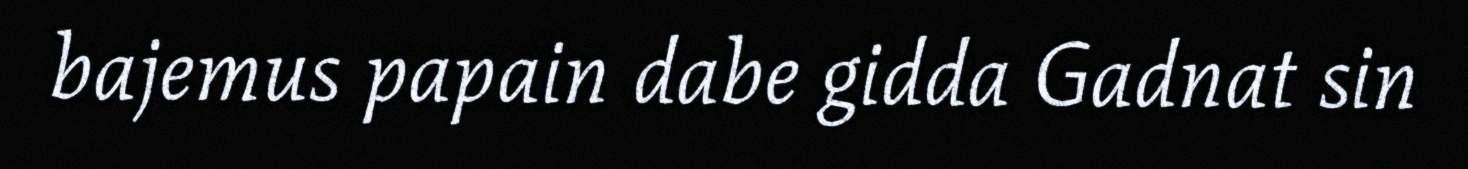
bajemus papain dabe gidda Gadnat sin